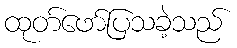
ထုတ်ဖော်ပြသခဲ့သည်